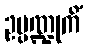
ဥပ္ပဏ္ဍုကိံ